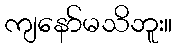
ကျနော်မသိဘူး။